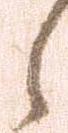
候